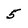
Character: 5